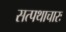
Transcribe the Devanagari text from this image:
सत्पथाचारः